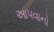
આ૫વાનો